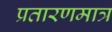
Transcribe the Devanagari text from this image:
प्रतारणमात्र